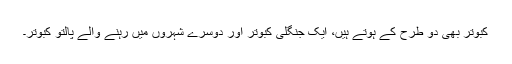
کبوتر بھی دو طرح کے ہوتے ہیں، ایک جنگلی کبوتر اور دوسرے شہروں میں رہنے والے پالتو کبوتر۔